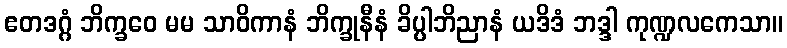
ဧတဒဂ္ဂံ ဘိက္ခဝေ မမ သာဝိကာနံ ဘိက္ခုနီနံ ခိပ္ပါဘိညာနံ ယဒိဒံ ဘဒ္ဒါ ကုဏ္ဍလကေသာ။